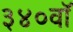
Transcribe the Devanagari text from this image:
३४०वॉ